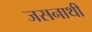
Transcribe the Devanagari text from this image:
जसनाथी